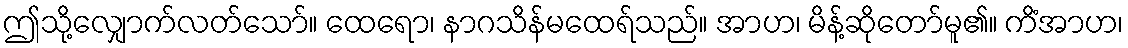
ဤသို့လျှောက်လတ်သော်။ ထေရော၊ နာဂသိန်မထေရ်သည်။ အာဟ၊ မိန့်ဆိုတော်မူ၏။ ကိံအာဟ၊